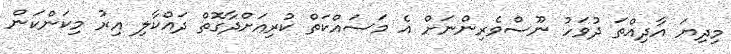
މިދިޔަ އާދިއްތަ ދުވަހު ނޫސްވެރިންނަށް އެ މަސައްކަތް ކުރިއަށްދާގޮތް ދައްކާލި އިރު މިކަންކަން